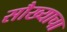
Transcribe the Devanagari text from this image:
सौख्याचा